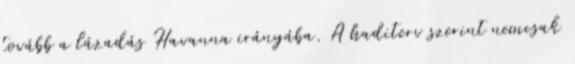
tovább a lázadás Havanna irányába. A haditerv szerint nemcsak